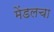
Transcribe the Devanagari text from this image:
मेंडलचा